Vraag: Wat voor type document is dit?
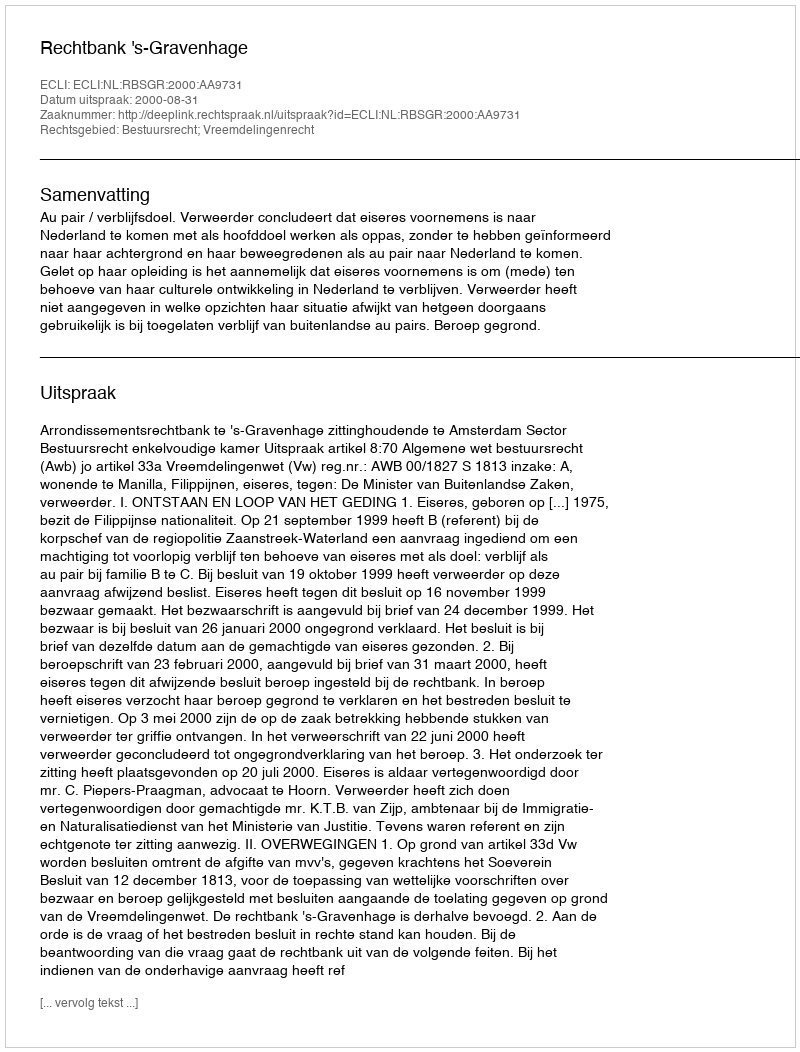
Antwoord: Uitspraak